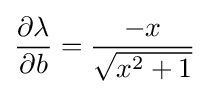
{\frac {\partial \lambda }{\partial b}}={\frac {-x}{\sqrt {x^{2}+1}}}